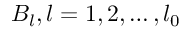
B _ { l } , l = 1 , 2 , \ldots , l _ { 0 }